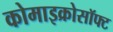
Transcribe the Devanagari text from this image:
कोमाइक्रोसॉफ्ट